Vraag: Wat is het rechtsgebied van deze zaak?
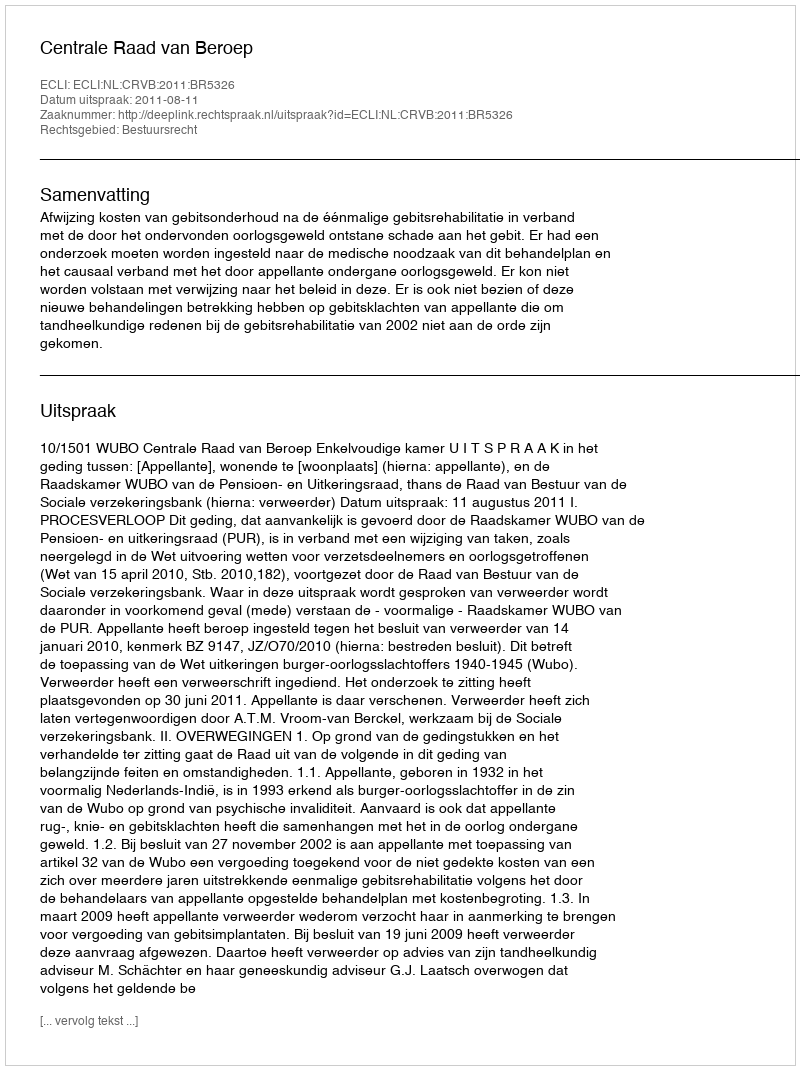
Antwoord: Bestuursrecht